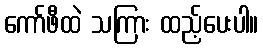
ကော်ဖီထဲ သကြား ထည့်ပေးပါ။